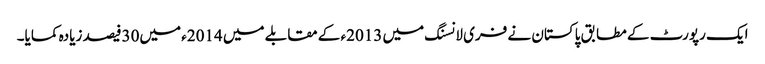
ایک رپورٹ کے مطابق پاکستان نے فری لانسنگ میں 2013ء کے مقابلے میں 2014ء میں30فیصد زیادہ کمایا۔